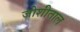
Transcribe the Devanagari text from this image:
जोशीताल